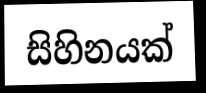
සිහිනයක්